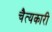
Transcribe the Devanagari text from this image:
चैत्यकारी